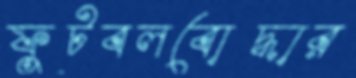
ফুটবলবোদ্ধার